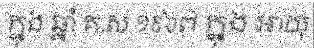
ក្នុង ឆ្នាំ គ.ស ១៩៦៧ ក្នុង អាយុ